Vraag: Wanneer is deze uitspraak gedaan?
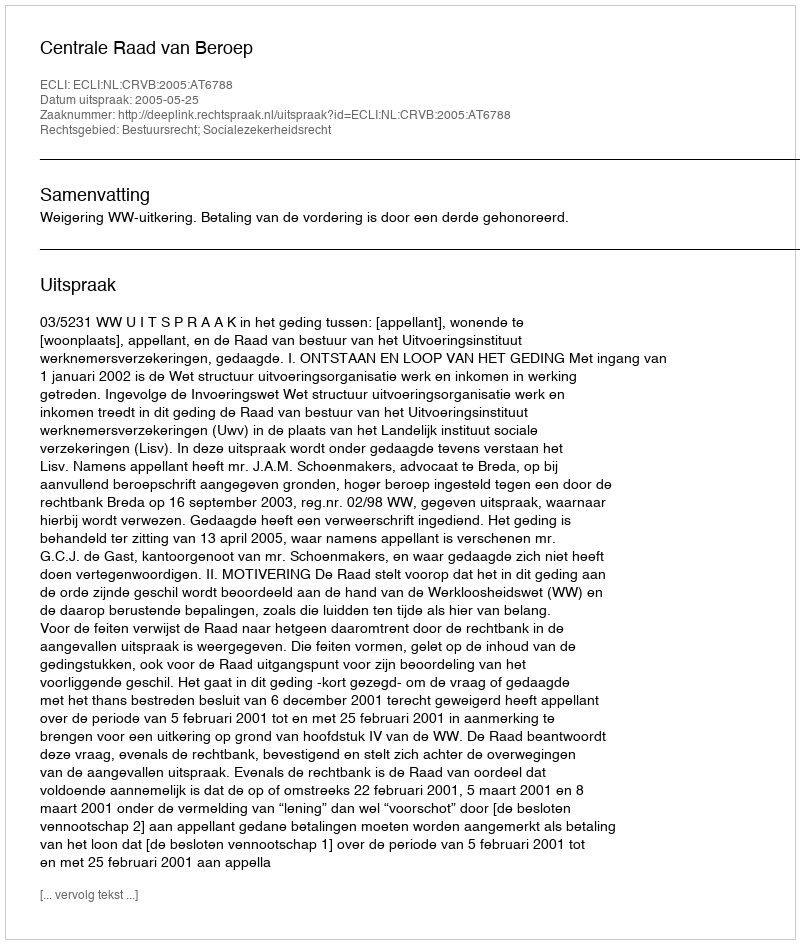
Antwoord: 2005-05-25